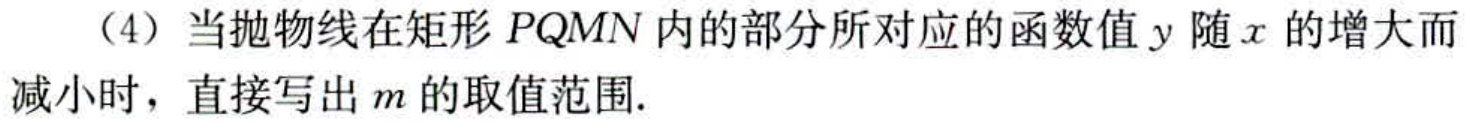
（4）当抛物线在矩形 \(PQMN\) 内的部分所对应的函数值 \(y\) 随 \(x\) 的增大而减小时，直接写出 \(m\) 的取值范围.